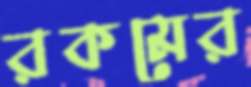
রকমের